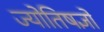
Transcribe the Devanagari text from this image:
ज्योतिषज्ञों